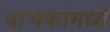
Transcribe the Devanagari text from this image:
वाचकांमध्ये